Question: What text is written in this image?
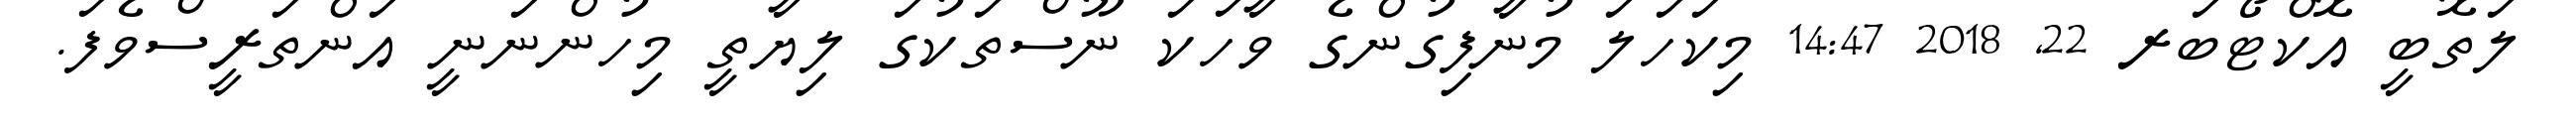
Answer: ލަތޮބީ އޮކްޓޯބަރ 22, 2018 14:47 މިކަހަލަ މުނާފިގުންގެ ވާހަކަ ނޫސްތަކުގަ ލިޔާތީ މިހުންނަނީ އަންތަރީސްވެފަ.